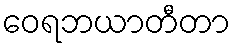
ဝေရဘယာတီတာ